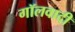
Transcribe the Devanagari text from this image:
गॉलवादी